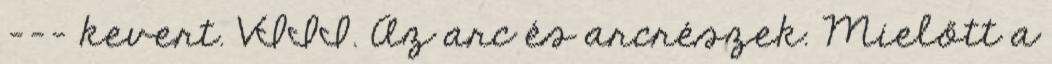
--- kevert. VIII. Az arc és arcrészek. Mielőtt a